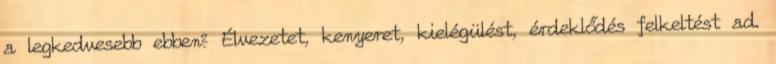
a legkedvesebb ebben? Élvezetet, kenyeret, kielégülést, érdeklődés felkeltést ad.